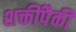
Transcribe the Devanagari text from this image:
शक्तींपैकी